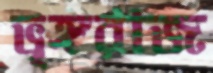
ভৃঙ্গরাজ